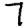
Digit: 7